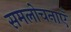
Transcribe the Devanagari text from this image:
समलोचनाएँ